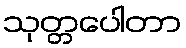
သုတ္တပေါတာ